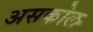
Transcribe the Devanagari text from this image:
असकोल